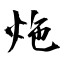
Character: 炧